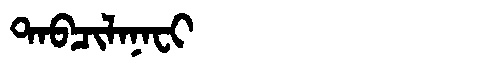
Manchu: ᡨᠠᠪᠴᡳᠯᠠᠨᠠᠸᡳ
Romanization: TABCILANAFI